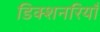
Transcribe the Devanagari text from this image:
डिक्शनरियाँ